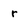
Character: r